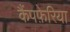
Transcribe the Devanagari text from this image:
कैंपफ़ेरिया